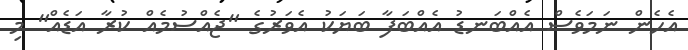
އެހެން ނަމަވެސް އެއްބަނޑު އެއްބަފާ ބަޔަކު އެވަރުގެ "ޖެއްސުމެއް ކުރާ އަޑެއް" މި